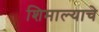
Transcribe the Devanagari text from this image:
शिमाल्याचे